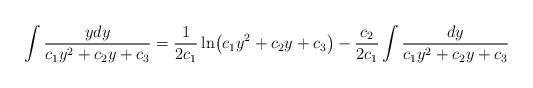
\begin{align*}\int \frac{ydy}{c_1y^2+c_2y+c_3}=\frac{1}{2c_1}\ln\bigl(c_1y^2+c_2y+c_3\bigr)-\frac{c_2}{2c_1}\int\frac{dy}{c_1y^2+c_2y+c_3}\end{align*}